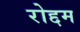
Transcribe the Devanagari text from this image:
रोद्दम